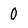
Character: 0